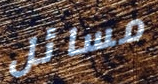
مسائل